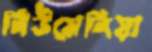
নিউমেনিয়া